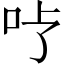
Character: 𱒇